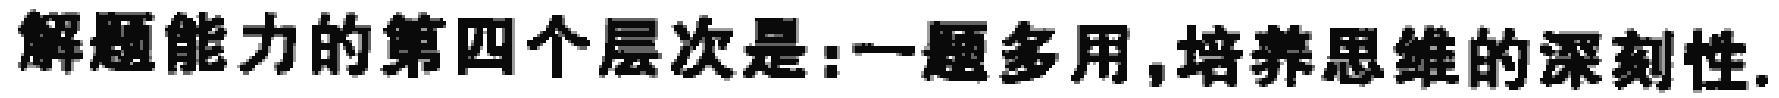
解题能力的第四个层次是:一题多用,培养思维的深刻性.